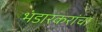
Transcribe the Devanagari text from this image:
भंडारकरांचा